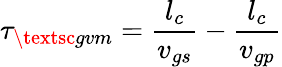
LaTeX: \tau_{\textsc{gvm}}=\frac{l_{c}}{v_{gs}}-\frac{l_{c}}{v_{gp}}